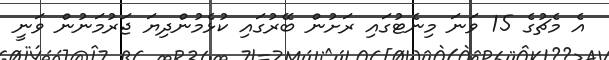
އެ މެޗުގެ 15 ވަނަ މިނެޓުގައި ރަށުން ބޭރުގައި ކުޅެމުންދިޔަ ޖަރުމަނުން ވަނީ